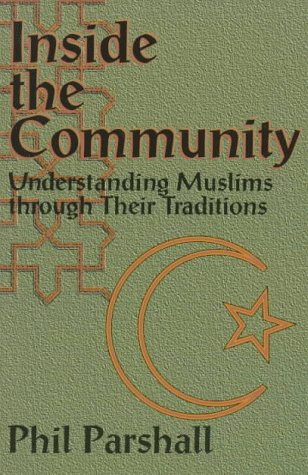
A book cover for Inside the Community: Understanding Muslims Through Their Traditions; Phil Parshall; Religion & Spirituality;